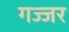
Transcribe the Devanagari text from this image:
गज्जर